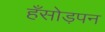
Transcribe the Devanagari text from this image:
हँसोड़पन